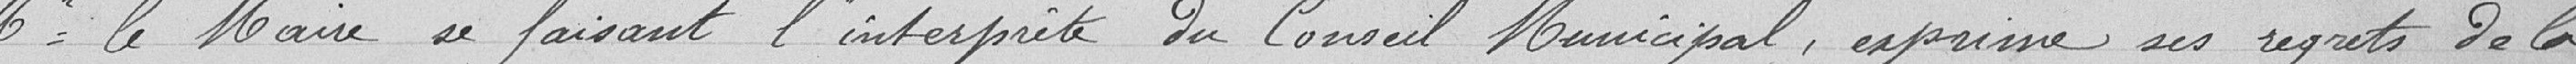
Monsieur le maire, se faisant l’interprète du conseil municipal, exprime ses regrets de la